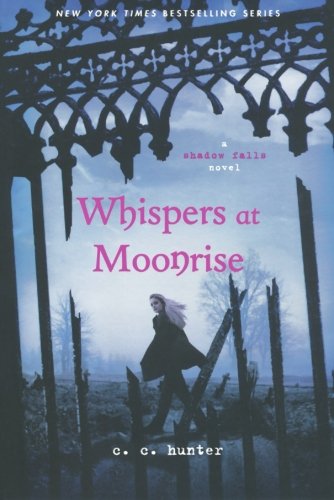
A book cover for Whispers at Moonrise (A Shadow Falls Novel); C. C. Hunter; Teen & Young Adult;